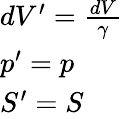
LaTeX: \begin{array}{l}{dV^{\prime}=\frac{dV}{\gamma}}\\ {p^{\prime}=p}\\ {S^{\prime}=S}\end{array}